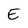
Character: E